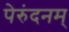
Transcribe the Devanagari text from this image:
पेरुंदनम्